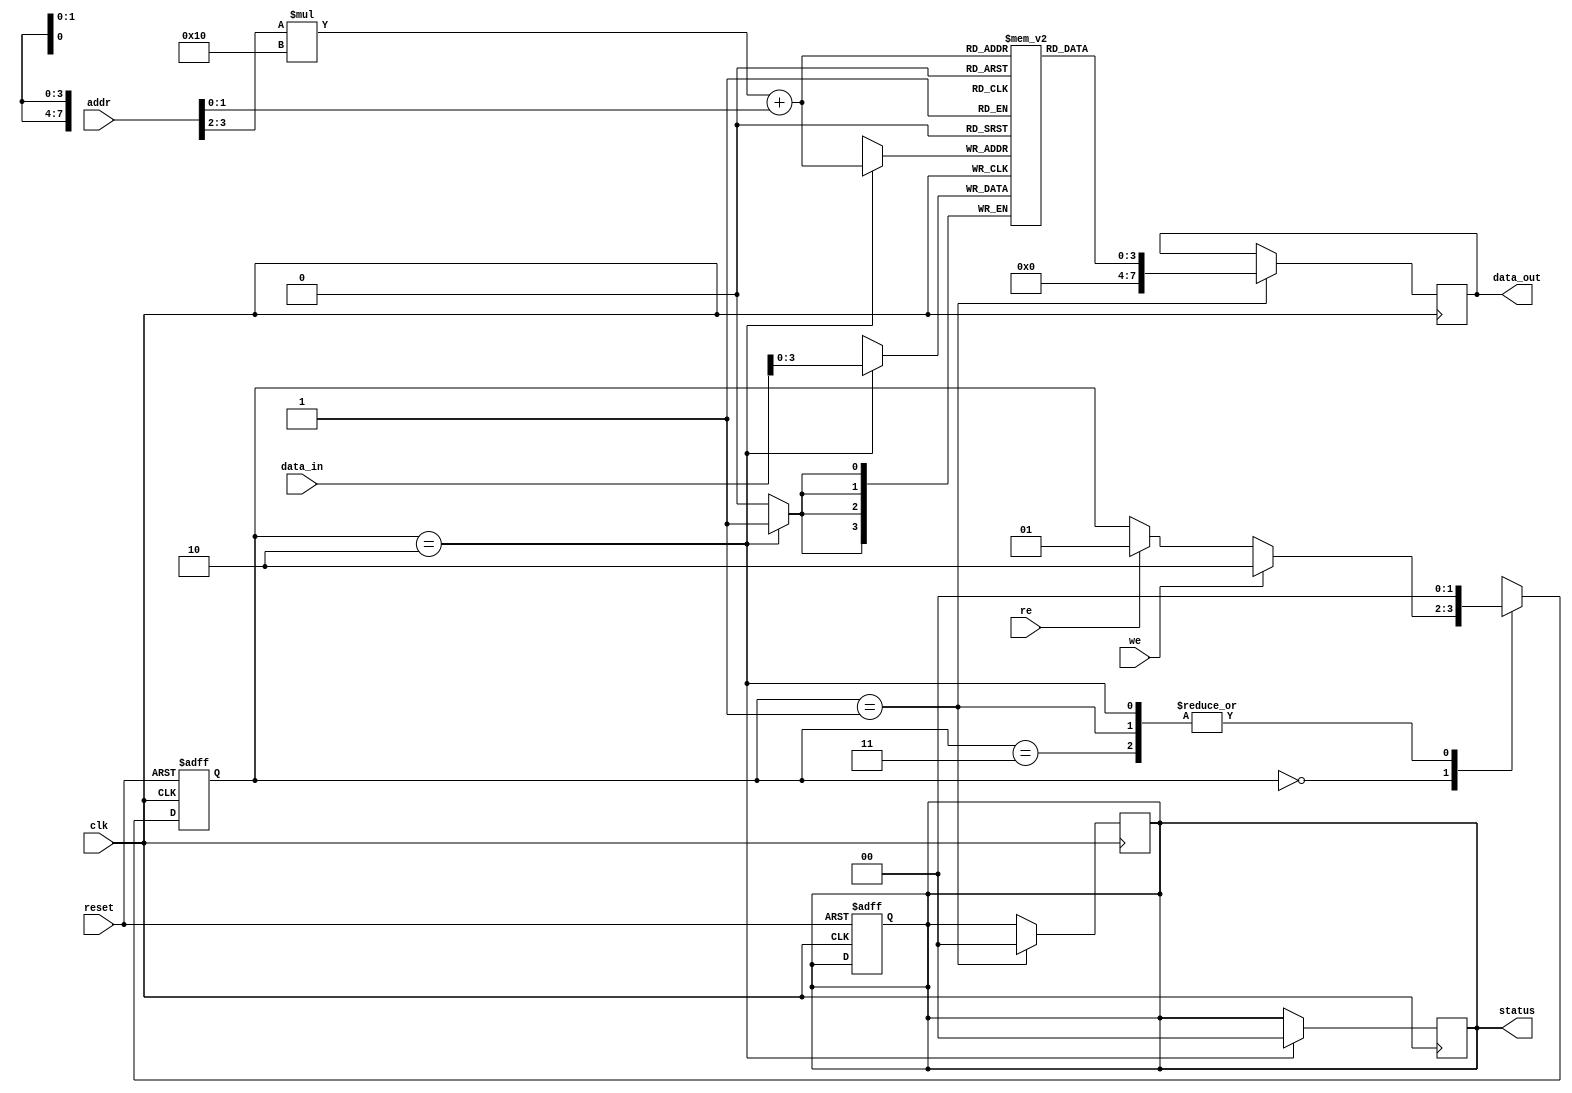
module mlc_nand_io_block (
    input wire [7:0] data_in,      // Input data bus for writing data
    input wire [3:0] addr,         // Address lines
    input wire we,                 // Write enable signal
    input wire re,                 // Read enable signal
    input wire clk,                // Clock signal
    input wire reset,              // Asynchronous reset signal
    output reg [7:0] data_out,     // Output data bus for reading data
    output reg [1:0] status        // Status signals
);

    // Parameters
    localparam IDLE = 2'b00;
    localparam READ = 2'b01;
    localparam WRITE = 2'b10;
    localparam ERROR = 2'b11;

    // Memory array (2D array representing MLC NAND cells)
    reg [3:0] memory_array [0:15][0:15]; // 16x16 memory array, each cell can store 4 bits

    // State variable for FSM
    reg [1:0] state;
    reg [1:0] next_state;

    // Asynchronous reset and FSM state management
    always @(posedge clk or posedge reset) begin
        if (reset) begin
            state <= IDLE;
            status <= 2'b00; // Ready state
        end else begin
            state <= next_state;
        end
    end

    // FSM to manage read/write operations
    always @(*) begin
        next_state = state; // Default next state
        case(state)
            IDLE: begin
                if (we) begin
                    next_state = WRITE;
                end else if (re) begin
                    next_state = READ;
                end
            end
            WRITE: begin
                next_state = IDLE; // Return to idle after writing
            end
            READ: begin
                next_state = IDLE; // Return to idle after reading
            end
            ERROR: begin
                next_state = IDLE; // Return to idle after error
            end
            default: next_state = ERROR; // Error handling
        endcase
    end

    // Write operation
    always @(posedge clk) begin
        if (state == WRITE) begin
            memory_array[addr[3:2]][addr[1:0]] <= data_in[3:0]; // Store lower 4 bits
            status <= 2'b00; // Ready state after write
        end
    end

    // Read operation
    always @(posedge clk) begin
        if (state == READ) begin
            data_out <= {4'b0000, memory_array[addr[3:2]][addr[1:0]]}; // Read lower 4 bits
            status <= 2'b00; // Ready state after read
        end
    end

    // Error checking could be implemented here

endmodule